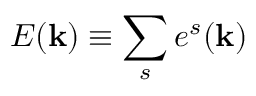
E ( { \bf k } ) \equiv \sum _ { s } e ^ { s } ( { \bf k } )